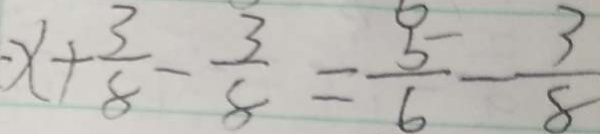
x + \frac { 3 } { 8 } - \frac { 3 } { 8 } = \frac { 5 } { 6 } - \frac { 3 } { 8 }